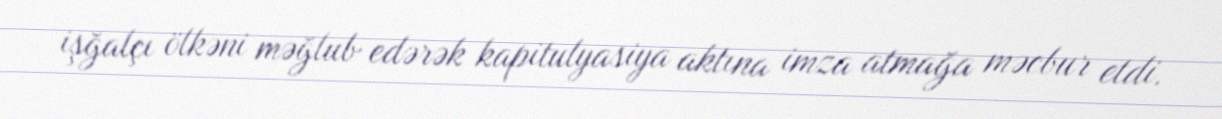
işğalçı ölkəni məğlub edərək kapitulyasiya aktına imza atmağa məcbur etdi.